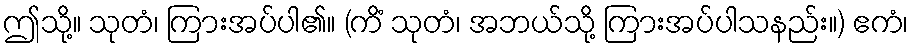
ဤသို့။ သုတံ၊ ကြားအပ်ပါ၏။ (ကိံ သုတံ၊ အဘယ်သို့ ကြားအပ်ပါသနည်း။) ဧကံ၊